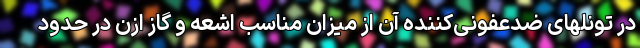
در تونلهای ضدعفونی‌کننده آن از میزان مناسب اشعه و گاز ازن در حدود